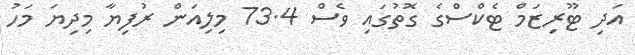
އަދި ޓޫރިޒަމް ޓެކްސްގެ ގޮތުގައި ވެސް 73.4 މިލިއަން ރުފިޔާ މިދިޔަ މަހު